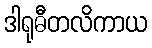
ဒါရုဓီတလိကာယ